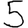
Digit: 5